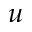
u